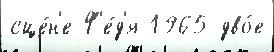
сце́н'е Ф'е́д'я 1965 дво́е